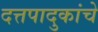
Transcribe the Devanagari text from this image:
दत्तपादुकांचे